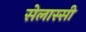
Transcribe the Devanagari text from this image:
सेलास्सी